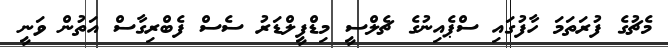
މެޗުގެ ފުރަތަމަ ހާފުގައި ސްޕެއިނުގެ ޗެލްސީ މިޑްފީލްޑަރު ސެސް ފެބްރިގާސް އަތުން ވަނީ